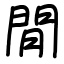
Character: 閒